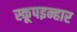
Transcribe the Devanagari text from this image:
स्कूपइन्हार